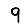
Digit: 9